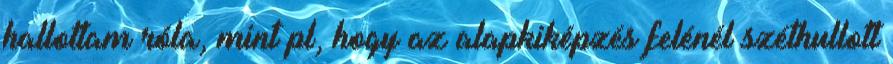
hallottam róla, mint pl, hogy az alapkiképzés felénél széthullott